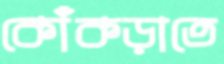
কোঁকড়াতে